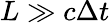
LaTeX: L\gg c\Delta t